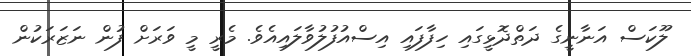
ލޫކަސް އަނާނީގެ ދަތްދޮޅީގައި ހިފާފައި އިސްއުފުލުވާލައިއެވެ. މެރީ މީ ވަރަށް ފުން ނަޒަރަކުން